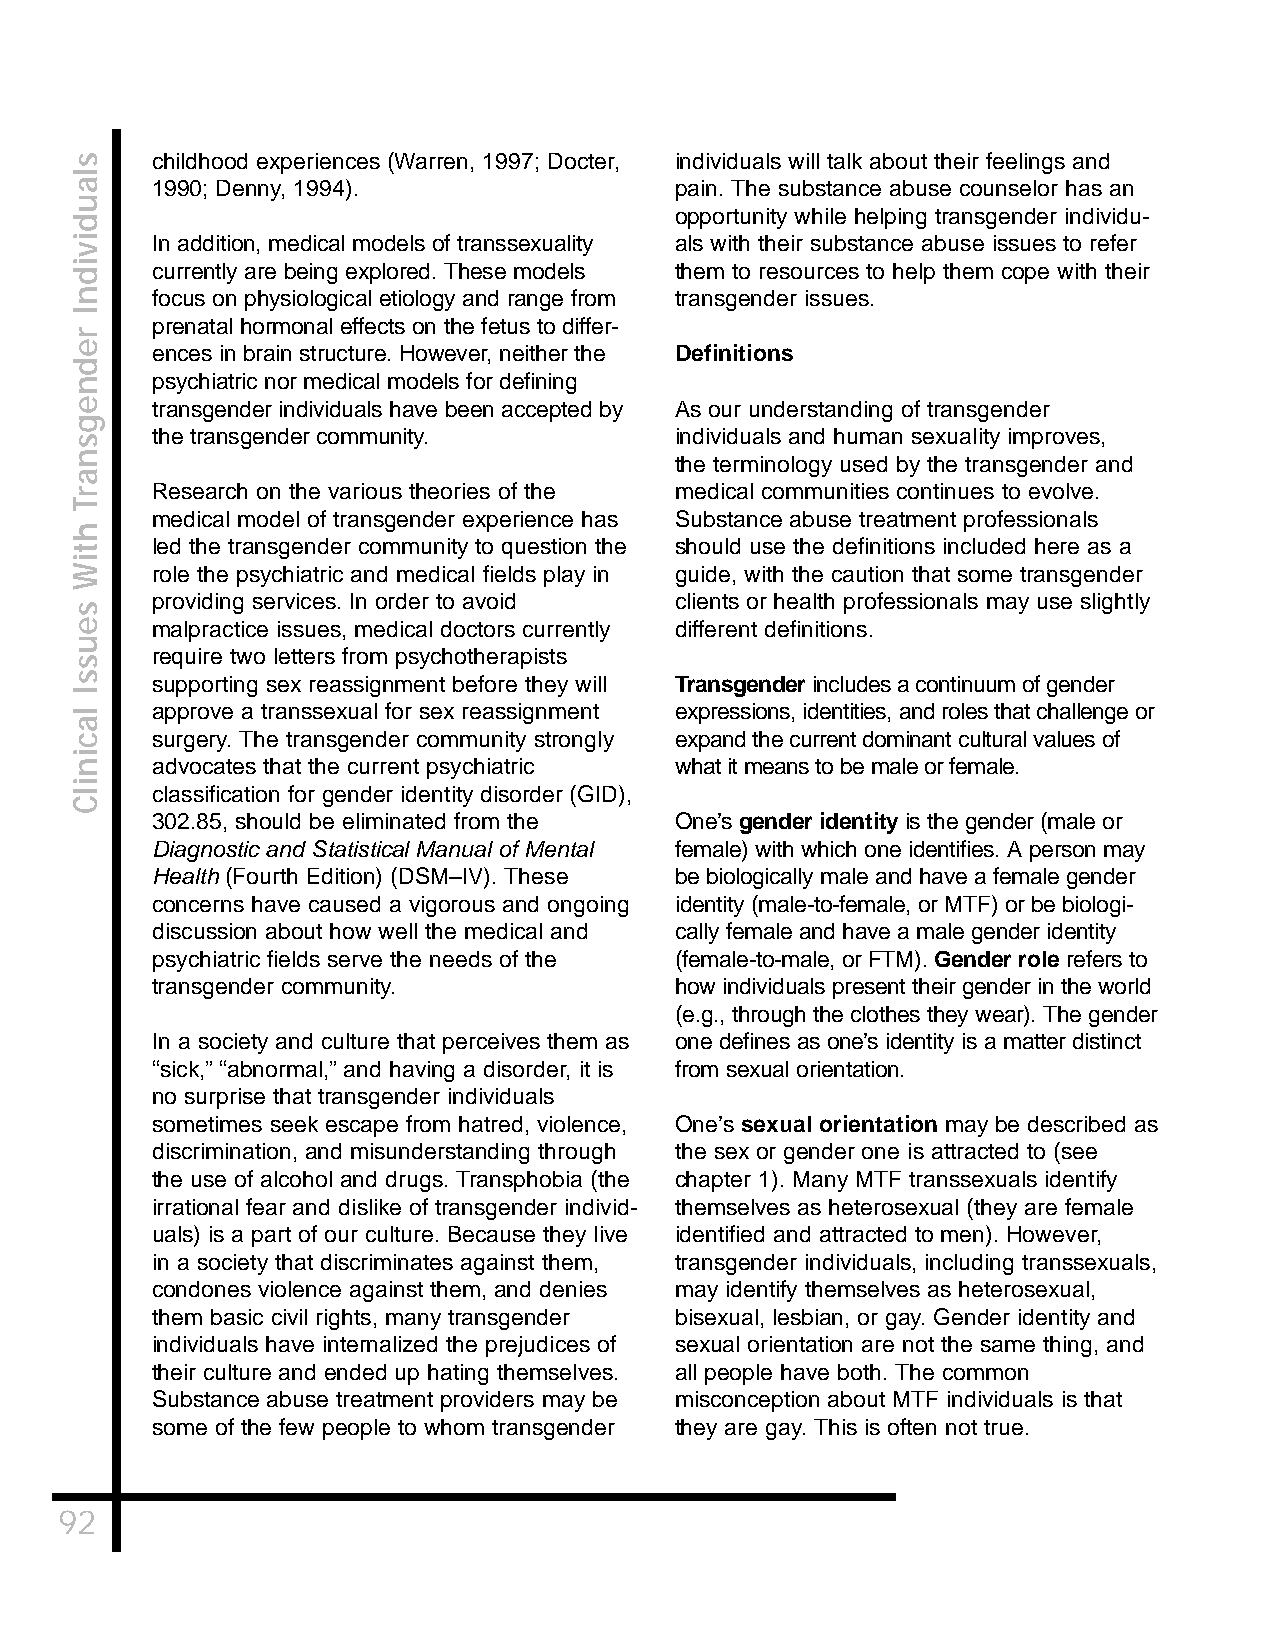
childhood experiences (Warren, 1997; Docter, individuals will talk about their feelings and
 1990; Denny, 1994).                pain. The substance abuse counselor has an
 opportunity while helping transgender individu-
 In addition, medical models of transsexuality als with their substance abuse issues to refer
 currently are being explored. These models them to resources to help them cope with their
 focus on physiological etiology and range from transgender issues.
 prenatal hormonal effects on the fetus to differ-
 ences in brain structure. However, neither the Definitions
 psychiatric nor medical models for defining
 transgender individuals have been accepted by As our understanding of transgender
 the transgender community.         individuals and human sexuality improves,
 the terminology used by the transgender and
 Research on the various theories of the medical communities continues to evolve.
 medical model of transgender experience has Substance abuse treatment professionals
 led the transgender community to question the should use the definitions included here as a
 role the psychiatric and medical fields play in guide, with the caution that some transgender
 providing services. In order to avoid clients or health professionals may use slightly
 malpractice issues, medical doctors currently different definitions.
 require two letters from psychotherapists
 supporting sex reassignment before they will Transgenderincludes a continuum of gender
 approve a transsexual for sex reassignment expressions, identities, and roles that challenge or
 surgery. The transgender community strongly expand the current dominant cultural values of
 advocates that the current psychiatric what it means to be male or female.
 classification for gender identity disorder (GID),
 302.85, should be eliminated from the One’sgender identityis the gender (male or
 Diagnostic and Statistical Manual of Mental female) with which one identifies. A person may
 Health (Fourth Edition) (DSM–IV). These be biologically male and have a female gender
 concerns have caused a vigorous and ongoing identity (male-to-female, or MTF) or be biologi-
 discussion about how well the medical and cally female and have a male gender identity
 psychiatric fields serve the needs of the (female-to-male, or FTM). Gender rolerefers to
 transgender community.             how individuals present their gender in the world
 (e.g., through the clothes they wear). The gender
 In a society and culture that perceives them as one defines as one’s identity is a matter distinct
 “sick,” “abnormal,” and having a disorder, it is from sexual orientation.
 no surprise that transgender individuals
 sometimes seek escape from hatred, violence, One’s sexual orientation may be described as
 discrimination, and misunderstanding through the sex or gender one is attracted to (see
 the use of alcohol and drugs. Transphobia (the chapter 1). Many MTF transsexuals identify
 irrational fear and dislike of transgender individ- themselves as heterosexual (they are female
 uals) is a part of our culture. Because they live identified and attracted to men). However,
 in a society that discriminates against them, transgender individuals, including transsexuals,
 condones violence against them, and denies may identify themselves as heterosexual,
 them basic civil rights, many transgender bisexual, lesbian, or gay. Gender identity and
 individuals have internalized the prejudices of sexual orientation are not the same thing, and
 their culture and ended up hating themselves. all people have both. The common
 Substance abuse treatment providers may be misconception about MTF individuals is that
 some of the few people to whom transgender they are gay. This is often not true.
 92
 slaudividnI
 rednegsnarT
 htiW
 seussI
 lacinilC